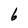
Character: 6